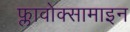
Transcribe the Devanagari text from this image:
फ्लावोक्सामाइन